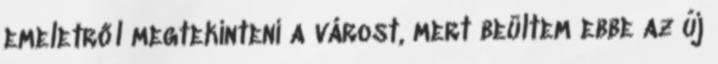
emeletről megtekinteni a várost, mert beültem ebbe az új